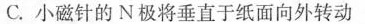
C.小磁针的N极将垂直于纸面向外转动